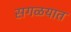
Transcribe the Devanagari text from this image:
सगळयात